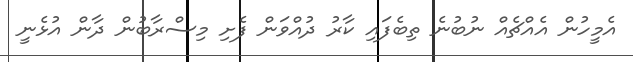
އެމީހުން އެއްޗެއް ނުބުނެ ތިބެފައި ކާރު ދުއްވަން ފެށި މިސްރާބުން ދާން އުޅެނީ